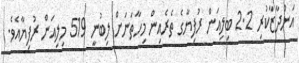
އަންދާޒާކުރި 2.2 ބިލިއަން ރުފިޔާގެ ތެރެއިން މިހާތަނަށް ލިބުނީ 519 މިލިއަން ރުފިޔާއެވެ.